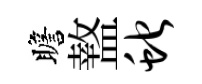
瞻盩蛇